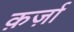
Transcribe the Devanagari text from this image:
क़र्ज़ा